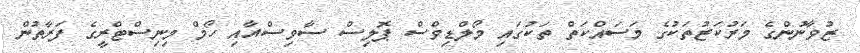
ޒުވާނުންގެ މަރުކަޒުތަކުގެ މަސައްކަތް ތަކުގައި މޯލްޑިވްސް ޕޮލިސް ސާވިސްއާއި ހޯމް މިނިސްޓްރީގެ ފަރާތުން